Lunatic asylums Punjab 1895-1910 - 1895-1910
Year: 1895
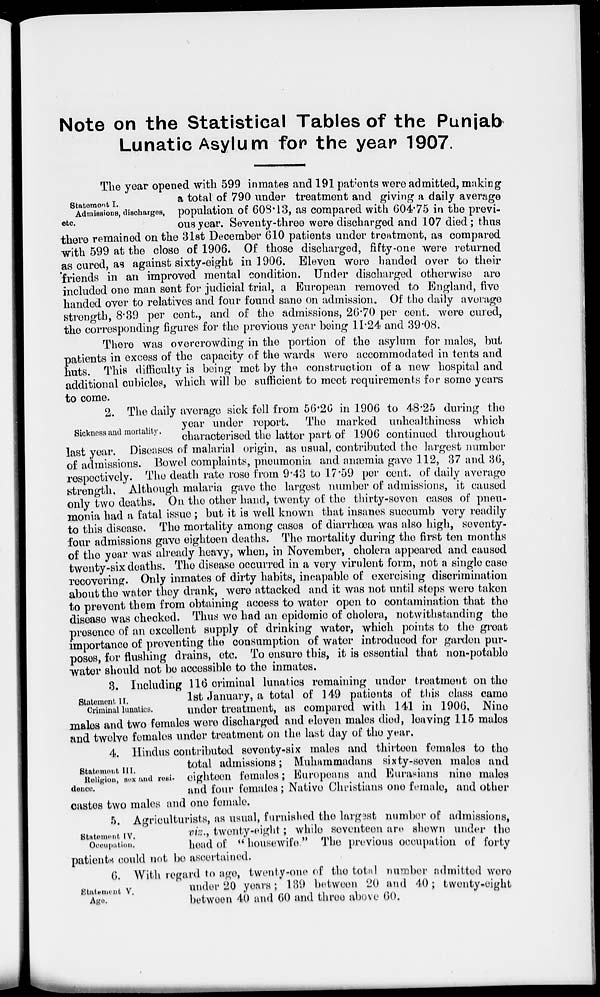
Note on the Statistical Tables of the Punjab
Lunatic Asylum for the year 1907.
Statement I.
Admissions, discharges,
etc.
The year opened with 599 inmates and 191 patients were admitted, making
a total of 790 under treatment and giving a daily average
population of 608.13, as compared with 604.75 in the previ-
ous year. Seventy-three were discharged and 107 died; thus
there remained on the 31st December 610 patients under treatment, as compared
with 599 at the close of 1906. Of those discharged, fifty-one were returned
as cured, as against sixty-eight in 1906. Eleven were handed over to their
friends in an improved mental condition. Under discharged otherwise are
included one man sent for judicial trial, a European removed to England, five
handed over to relatives and four found sane on admission. Of the daily average
strength, 8.39 per cent., and of the admissions, 26.70 per cent. were cured,
the corresponding figures for the previous year being 11.24 and 39.08.
There was overcrowding in the portion of the asylum for males, but
p atients in excess of the capacity of the wards were accommodated in tents and
huts. This difficulty is being met by the construction of a new hospital and
additional cubicles, which will be sufficient to meet requirements for some years
to come.
Sickness and mortality.
2. The daily average sick fell from 56.26 in 1906 to 48.25 during the
year under report. The marked unhealthiness which
characterised the latter part of 1906 continued throughout
last year. Diseases of malarial origin, as usual, contributed the largest number
of admissions. Bowel complaints, pneumonia and anæmia gave 112, 37 and 36,
respectively. The death rate rose from 9.43 to 17.59 per cent. of daily average
strength. Although malaria gave the largest number of admissions, it caused
only two deaths. On the other hand, twenty of the thirty-seven cases of pneu-
monia had a fatal issue; but it is well known that insanes succumb very readily
to this disease. The mortality among cases of diarrhœa was also high, seventy-
four admissions gave eighteen deaths. The mortality during the first ten months
of the year was already heavy, when, in November, cholera appeared and caused
twenty-six deaths. The disease occurred in a very virulent form, not a single case
recovering. Only inmates of dirty habits, incapable of exercising discrimination
about the water they drank, were attacked and it was not until steps were taken
to prevent them from obtaining access to water open to contamination that the
disease was checked. Thus we had an epidemic of cholera, notwithstanding the
presence of an excellent supply of drinking water, which points to the great
importance of preventing the consumption of water introduced for garden pur-
poses, for flushing drains, etc. To ensure this, it is essential that non-potable
water should not be accessible to the inmates.
Statement II.
Criminal lunatics.
3. Including 116 criminal lunatics remaining under treatment on the
1st January, a total of 149 patients of this class came
under treatment, as compared with 141 in 1906. Nine
males and two females were discharged and eleven males died, leaving 115 males
and twelve females under treatment on the last day of the year.
Statement III.
Religion, sex and resi-
dence.
4. Hindus contributed seventy-six males and thirteen females to the
total admissions; Muhammadans sixty-seven males and
eighteen females; Europeans and Eurasians nine males
and four females; Native Christians one female, and other
castes two males and one female.
Statement IV.
Occupation.
5. Agriculturists, as usual, furnished the largest number of admissions,
viz., twenty-eight ; while seventeen are shown under the
head of " housewife." The previous occupation of forty
patients could not be ascertained.
Statement V.
Age.
6. With regard to age, twenty-one of the total number admitted were
under 20 years; 139 between 20 and 40; twenty-eight
between 40 and 60 and three above 60.